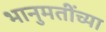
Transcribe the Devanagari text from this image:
भानुमतींच्या